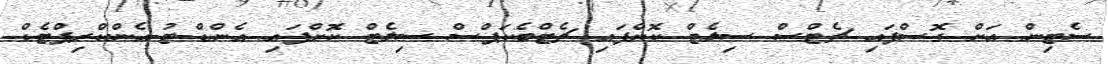
ސެޓިން އަށް ގޮސްފައި ޗެޓްސް ސިލެޓް ކޮށްފައި ޗެޓްބެކަޕްސް ސިލެޓް ކޮށްފައި އެންޑް-ޓު-އެންކްރިޕްޓެޑް